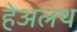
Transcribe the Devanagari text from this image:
हेअलथ